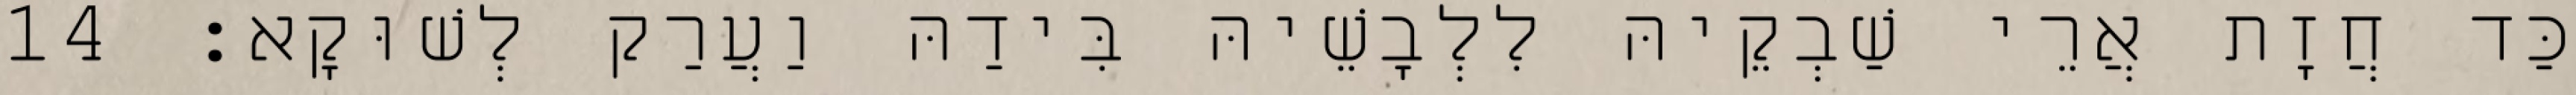
כַּד חֲזָת אֲרֵי שַׁבְקֵיהּ לִלְבָשֵׁיהּ בִּידַהּ וַעֲרַק לְשׁוּקָא׃ 14